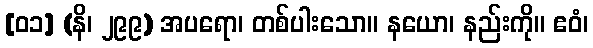
[၀၁] (နိ၊ ၂၉၉) အပရော၊ တစ်ပါးသော။ နယော၊ နည်းကို။ ဧဝံ၊